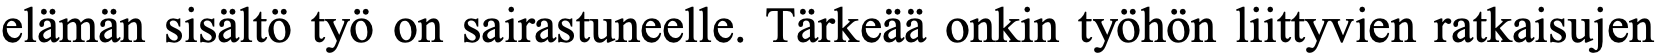
elämän sisältö työ on sairastuneelle. Tärkeää onkin työhön liittyvien ratkaisujen